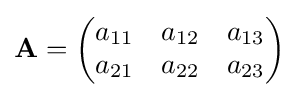
\mathbf {A} ={\begin{pmatrix}a_{11}&a_{12}&a_{13}\\a_{21}&a_{22}&a_{23}\end{pmatrix}}